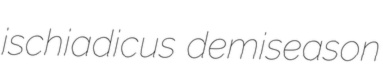
ischiadicus demiseason